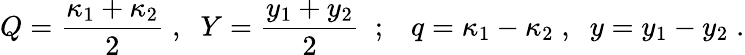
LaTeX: Q={\frac{\kappa_{1}+\kappa_{2}}{2}}\; ,\; \; Y={\frac{y_{1}+y_{2}}{2}}\; \; ;\; \; \; q=\kappa_{1}-\kappa_{2}\; ,\; \; y=y_{1}-y_{2}\; .